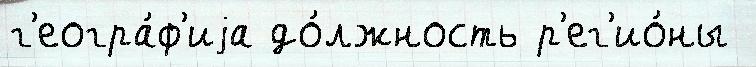
г'еогра́ф'иjа до́лжность р'ег'ио́ны